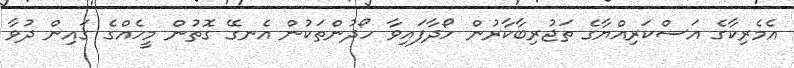
އެމެރިކާގެ އަސްކަރިއްޔާގެ ތަޖުރިބާކާރުން ހޯދާފައިވާ ހޯދުންތަކުން އެނގޭ ގޮތުން މީހެއްގެ ގައިން ދުވާ